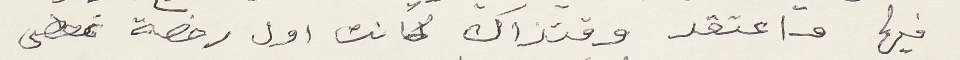
فيها واعتقد وقتذاك كانت اول رخصة تمضى